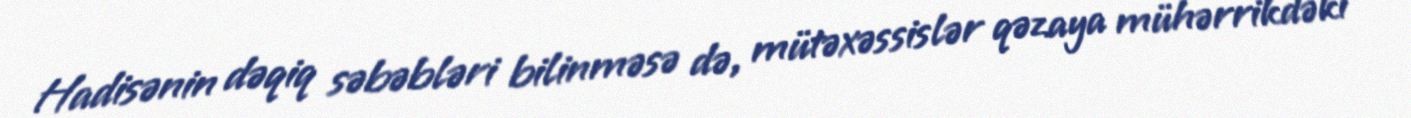
Hadisənin dəqiq səbəbləri bilinməsə də, mütəxəssislər qəzaya mühərrikdəki